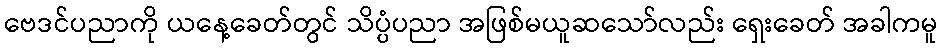
ဗေဒင်ပညာကို ယနေ့ခေတ်တွင် သိပ္ပံပညာ အဖြစ်မယူဆသော်လည်း ရှေးခေတ် အခါကမူ